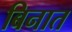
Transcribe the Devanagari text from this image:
बिनात